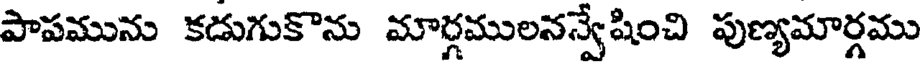
పాపమును కడుగుకొను మార్గములనన్వేషించి పుణ్యమార్గము